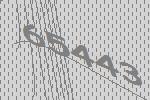
65443